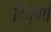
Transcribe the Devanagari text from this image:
टिप्णी